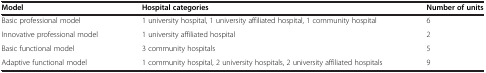
| Model | Hospital categories | Number of units |
 | --- | --- | --- |
 | Basic professional model | 1 university hospital, 1 university affiliated hospital, 1 community hospital | 6 |
 | Innovative professional model | 1 university affiliated hospital | 2 |
 | Basic functional model | 3 community hospitals | 5 |
 | Adaptive functional model | 1 community hospital, 2 university hospitals, 2 university affiliated hospitals | 9 |